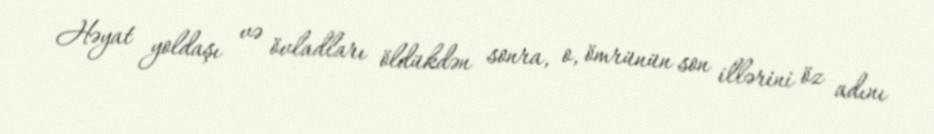
Həyat yoldaşı və övladları öldükdən sonra, o, ömrünün son illərini öz adını